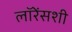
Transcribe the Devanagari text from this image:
लॉरेंसशी